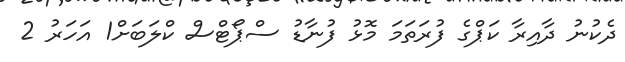
ދެކުނު ދާއިރާ ކަޕްގެ ފުރަތަމަ މޮޅު ފުނާޑު ސްޕޯޓްސް ކްލަބަށް1 އަހަރު 2